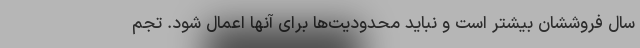
سال فروششان بیشتر است و نباید محدودیت‌ها برای آنها اعمال شود. تجم